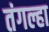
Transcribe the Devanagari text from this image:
तंगल्हा